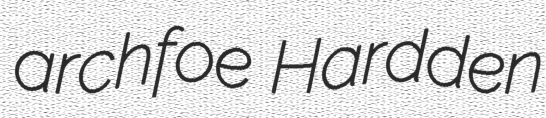
archfoe Hardden